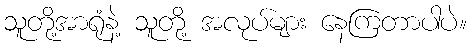
သူတို့အာရုံနဲ့ သူတို့ အလုပ်များ နေကြတာပါပဲ။